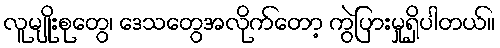
လူမျိုးစုတွေ၊ ဒေသတွေအလိုက်တော့ ကွဲပြားမှုရှိပါတယ်။